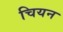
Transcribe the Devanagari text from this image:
चियन